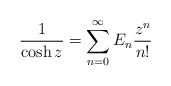
\begin{align*}\frac{1}{\cosh z} = \sum_{n=0}^{\infty} E_{n} \frac{z^{n}}{n!}\end{align*}